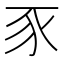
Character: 豕